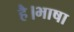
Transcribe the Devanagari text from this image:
है।भाषा